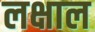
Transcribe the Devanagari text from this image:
लक्षाल